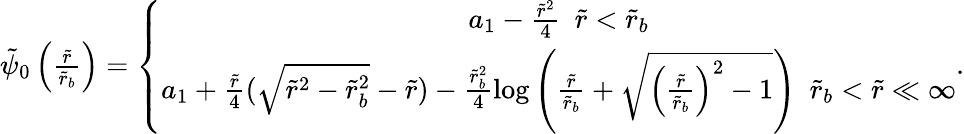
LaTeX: \begin{array}{r}{\tilde{\psi}_{0}\left(\frac{\tilde{r}}{\tilde{r}_{b}}\right)=\left\{ \begin{array}{c}{a_{1}-\frac{\tilde{r}^{2}}{4}~~\tilde{r}<\tilde{r}_{b}}\\ {a_{1}+\frac{\tilde{r}}{4}(\sqrt{\tilde{r}^{2}-\tilde{r}_{b}^{2}}-\tilde{r})-\frac{\tilde{r}_{b}^{2}}{4}\log\left(\frac{\tilde{r}}{\tilde{r}_{b}}+\sqrt{\left(\frac{\tilde{r}}{\tilde{r}_{b}}\right)^{2}-1}\right)~~\tilde{r}_{b}<\tilde{r}\ll\infty}\end{array}\right..}\end{array}